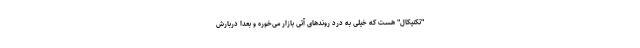
"تکنیکال" هست که خیلی به درد روندهای آتی بازار می­خوره و بعدا دربارش